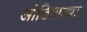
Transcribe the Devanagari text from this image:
ओडिशाचा